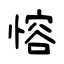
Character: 愹